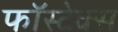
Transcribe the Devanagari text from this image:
फॉस्टेक्स